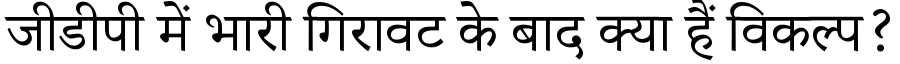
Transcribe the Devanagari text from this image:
जीडीपी में भारी गिरावट के बाद क्या हैं विकल्प?